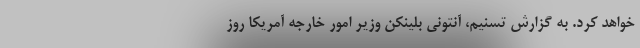
خواهد کرد. به گزارش تسنیم، آنتونی بلینکن وزیر امور خارجه آمریکا روز